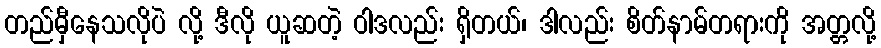
တည်မှီနေသလိုပဲ လို့ ဒီလို ယူဆတဲ့ ဝါဒလည်း ရှိတယ်၊ ဒါလည်း စိတ်နာမ်တရားကို အတ္တလို့